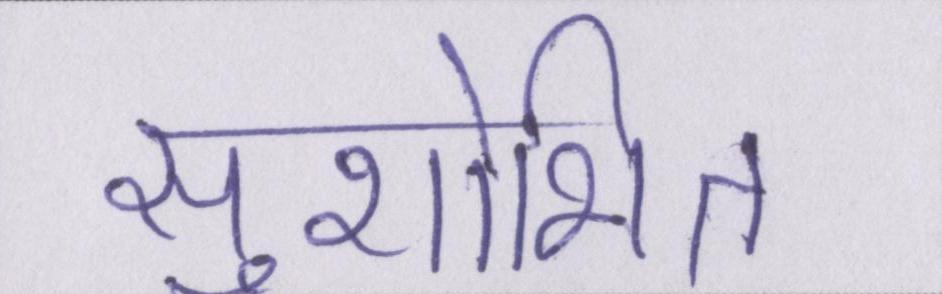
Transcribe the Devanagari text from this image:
सुशोभित